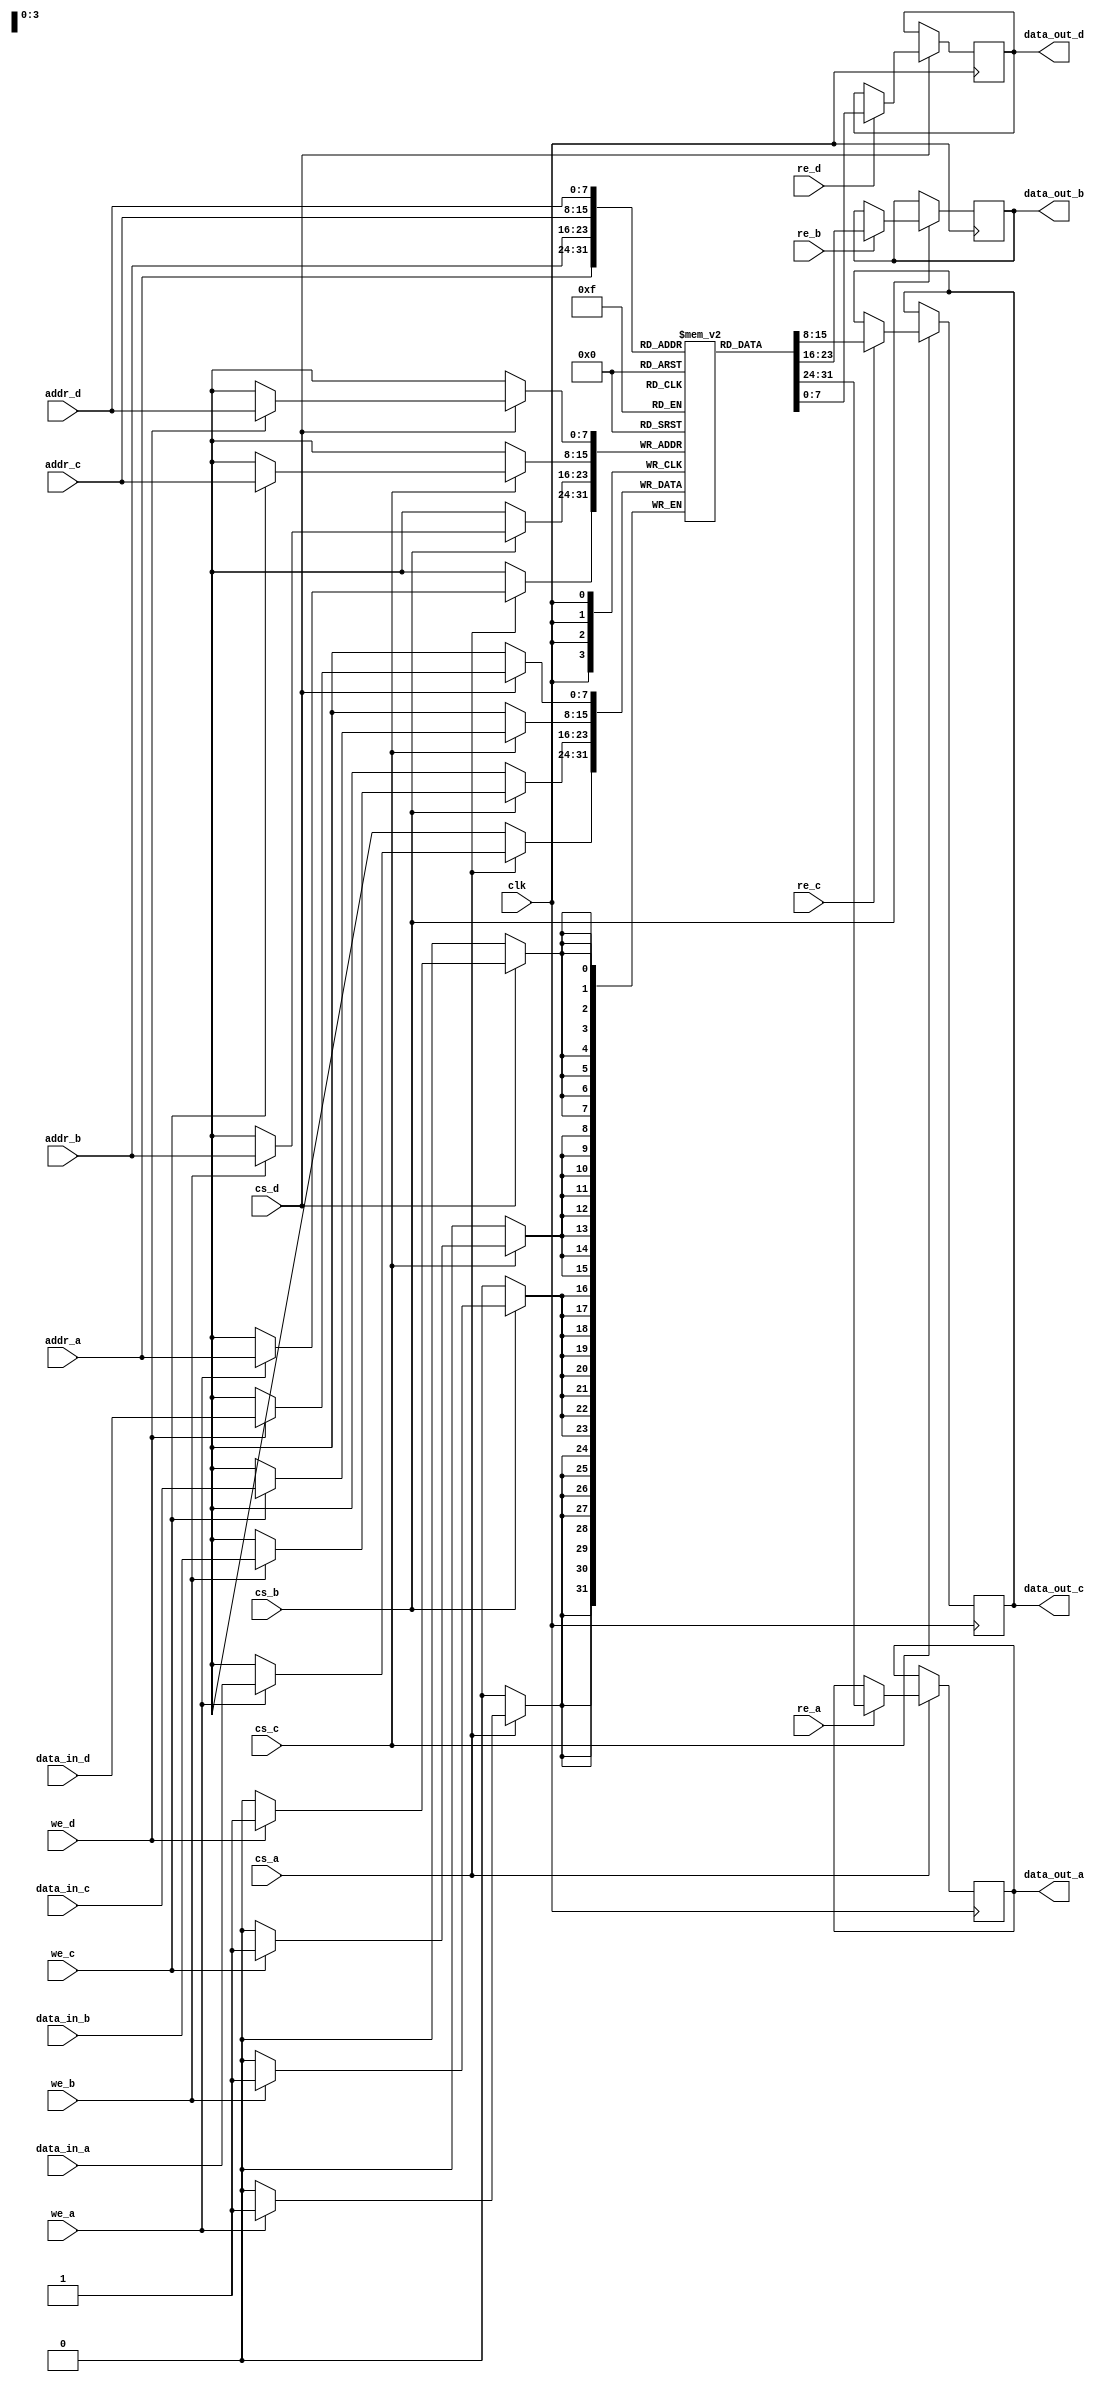
module quad_port_sram #(
    parameter DATA_WIDTH = 8,  // Data width for each port
    parameter ADDR_WIDTH = 8,   // Address width for each port
    parameter MEMORY_DEPTH = 256 // Total number of memory locations
)(
    input wire clk,
    
    // Port A
    input wire [ADDR_WIDTH-1:0] addr_a,
    input wire [DATA_WIDTH-1:0] data_in_a,
    output reg [DATA_WIDTH-1:0] data_out_a,
    input wire we_a, // Write enable for Port A
    input wire re_a, // Read enable for Port A
    input wire cs_a, // Chip select for Port A

    // Port B
    input wire [ADDR_WIDTH-1:0] addr_b,
    input wire [DATA_WIDTH-1:0] data_in_b,
    output reg [DATA_WIDTH-1:0] data_out_b,
    input wire we_b, // Write enable for Port B
    input wire re_b, // Read enable for Port B
    input wire cs_b, // Chip select for Port B

    // Port C
    input wire [ADDR_WIDTH-1:0] addr_c,
    input wire [DATA_WIDTH-1:0] data_in_c,
    output reg [DATA_WIDTH-1:0] data_out_c,
    input wire we_c, // Write enable for Port C
    input wire re_c, // Read enable for Port C
    input wire cs_c, // Chip select for Port C

    // Port D
    input wire [ADDR_WIDTH-1:0] addr_d,
    input wire [DATA_WIDTH-1:0] data_in_d,
    output reg [DATA_WIDTH-1:0] data_out_d,
    input wire we_d, // Write enable for Port D
    input wire re_d, // Read enable for Port D
    input wire cs_d  // Chip select for Port D
);

    // Memory array
    reg [DATA_WIDTH-1:0] memory [0:MEMORY_DEPTH-1];

    // Port A operations
    always @(posedge clk) begin
        if (cs_a) begin
            if (we_a) begin
                memory[addr_a] <= data_in_a; // Write operation
            end
            if (re_a) begin
                data_out_a <= memory[addr_a]; // Read operation
            end
        end
    end

    // Port B operations
    always @(posedge clk) begin
        if (cs_b) begin
            if (we_b) begin
                memory[addr_b] <= data_in_b; // Write operation
            end
            if (re_b) begin
                data_out_b <= memory[addr_b]; // Read operation
            end
        end
    end

    // Port C operations
    always @(posedge clk) begin
        if (cs_c) begin
            if (we_c) begin
                memory[addr_c] <= data_in_c; // Write operation
            end
            if (re_c) begin
                data_out_c <= memory[addr_c]; // Read operation
            end
        end
    end

    // Port D operations
    always @(posedge clk) begin
        if (cs_d) begin
            if (we_d) begin
                memory[addr_d] <= data_in_d; // Write operation
            end
            if (re_d) begin
                data_out_d <= memory[addr_d]; // Read operation
            end
        end
    end

endmodule